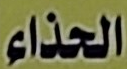
الحذاء